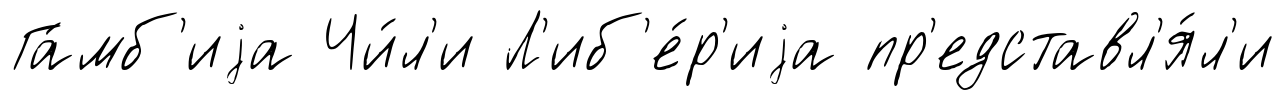
Га́мб'иjа Чи́л'и Л'иб'е́р'иjа пр'едставл'я́л'и